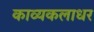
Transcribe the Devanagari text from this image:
काव्यकलाधर